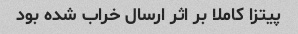
پیتزا کاملا بر اثر ارسال خراب شده بود